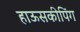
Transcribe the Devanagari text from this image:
हाऊसकीपिंग